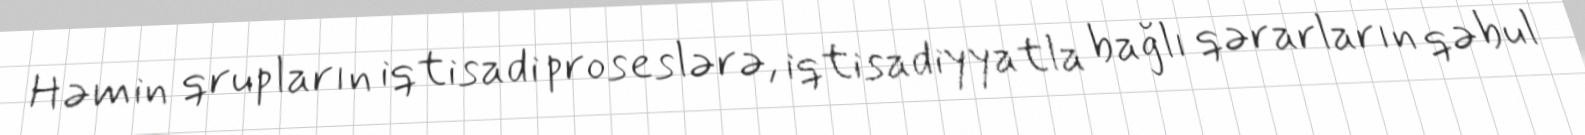
Həmin qrupların iqtisadi proseslərə, iqtisadiyyatla bağlı qərarların qəbul